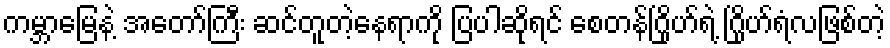
ကမ္ဘာမြေနဲ့ အတော်ကြီး ဆင်တူတဲ့နေရာကို ပြပါဆိုရင် စေတန်ဂြိုဟ်ရဲ့ ဂြိုဟ်ရံလဖြစ်တဲ့